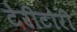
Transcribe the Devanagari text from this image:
टेरीटोरी